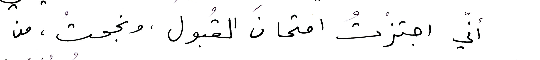
أنّي اجتزْتُ امتحانَ القْبول، ونجحتْ، من